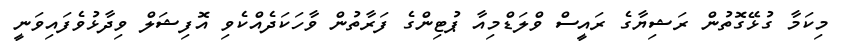
މިކަމާ ގުޅޭގޮތުން ރަޝިޔާގެ ރައީސް ވްލަޑްމިއާ ޕުޓިންގެ ފަރާތުން ވާހަކަދެއްކެވި އޮފިޝަލް ވިދާޅުވެފައިވަނީ